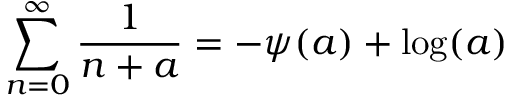
\sum _ { n = 0 } ^ { \infty } { \frac { 1 } { n + a } } = - \psi ( a ) + \log ( a )